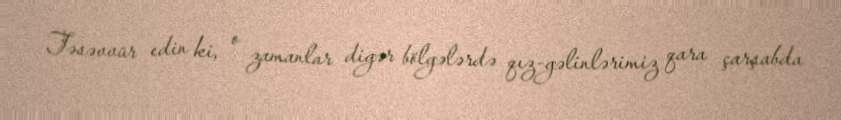
Təsəvvür edin ki, o zamanlar digər bölgələrdə qız-gəlinlərimiz qara çarşabda